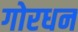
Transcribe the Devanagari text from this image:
गोरधन